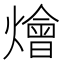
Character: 燴